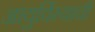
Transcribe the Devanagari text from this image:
आयुर्विम्याची